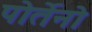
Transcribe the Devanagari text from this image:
पोर्तेनो